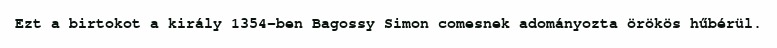
Ezt a birtokot a király 1354-ben Bagossy Simon comesnek adományozta örökös hűbérül.